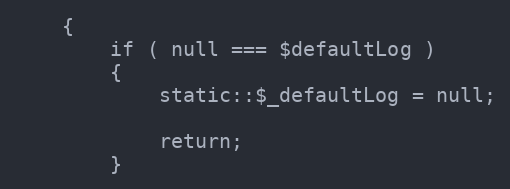
Language: PHP
    {
        if ( null === $defaultLog )
        {
            static::$_defaultLog = null;

            return;
        }